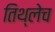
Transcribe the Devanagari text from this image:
तिथ्लेच